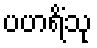
ပဟရိံသု